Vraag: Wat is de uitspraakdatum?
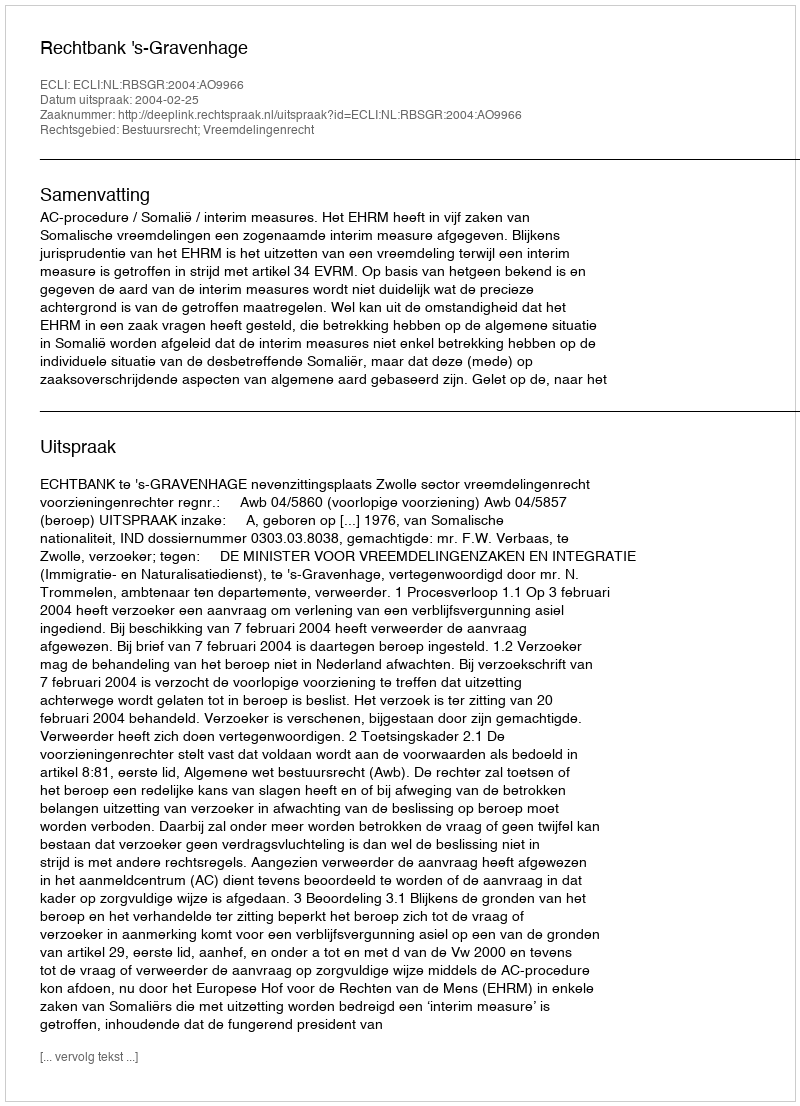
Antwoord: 2004-02-25